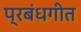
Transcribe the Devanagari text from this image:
प्रबंधगीत